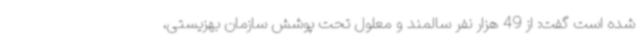
شده است گفت: از 49 هزار نفر سالمند و معلول تحت پوشش سازمان بهزیستی،